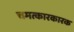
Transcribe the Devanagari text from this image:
चमत्कारकारक